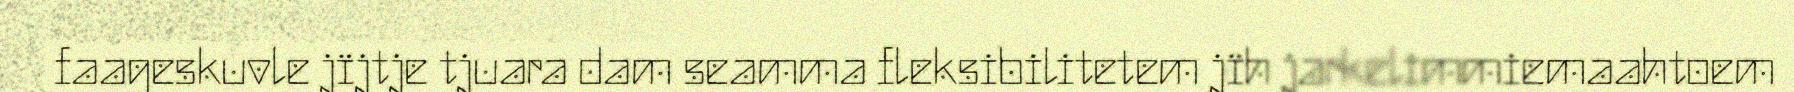
faageskuvle jïjtje tjuara dam seamma fleksibilitetem jïh jarkelimmiemaahtoem